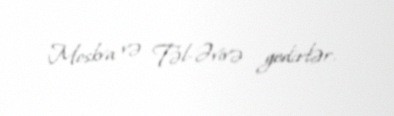
Moskva və Təl-Əvivə gedirlər.